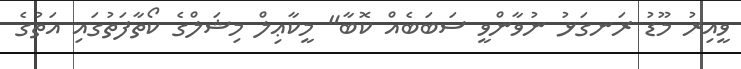
ވީއިރު މޫޑު ރަނގަޅު ނުވާންވީ ސަބަބެއް ކޮބާ" މީކާޢިލް މިޝަލްގެ ކޯތާފަތުގައި އަތުގެ